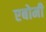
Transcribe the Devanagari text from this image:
एबोमी